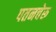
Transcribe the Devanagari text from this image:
पतनचेरू